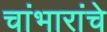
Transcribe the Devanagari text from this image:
चांभारांचे